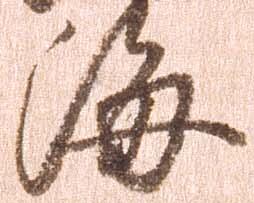
海